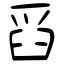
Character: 舀